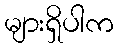
များရှိပါက